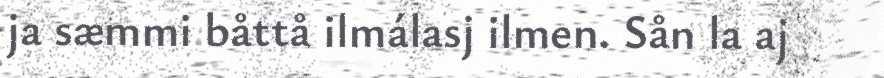
ja sæmmi båttå ilmálasj ilmen. Sån la aj